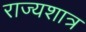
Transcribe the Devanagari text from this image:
राज्यशात्र